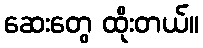
ဆေးတွေ ထိုးတယ်။